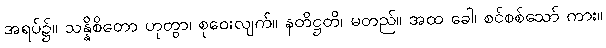
အရပ်၌။ သန္နိစိတော ဟုတွာ၊ စုဝေးလျက်။ နတိဋ္ဌတိ၊ မတည်။ အထ ခေါ၊ စင်စစ်သော် ကား။